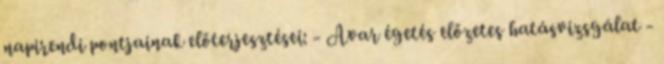
napirendi pontjainak előterjesztései: - Avar égetés előzetes hatásvizsgálat -